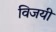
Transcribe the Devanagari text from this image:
विजयीं